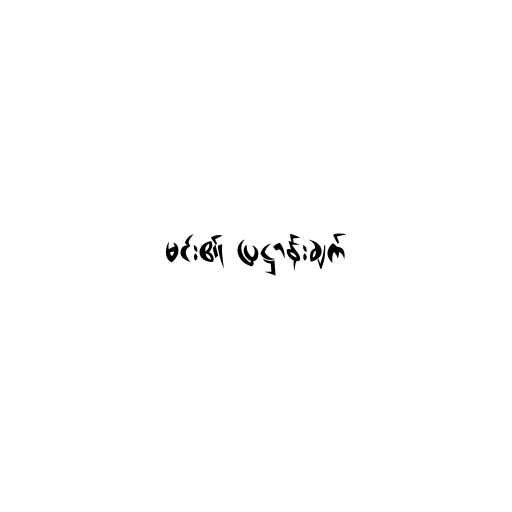
မင်း၏ ပြဋ္ဌာန်းချက်